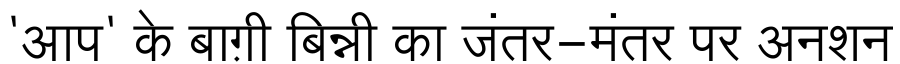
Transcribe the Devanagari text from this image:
'आप' के बाग़ी बिन्नी का जंतर-मंतर पर अनशन